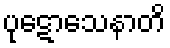
ပုဋောသေနာတိ